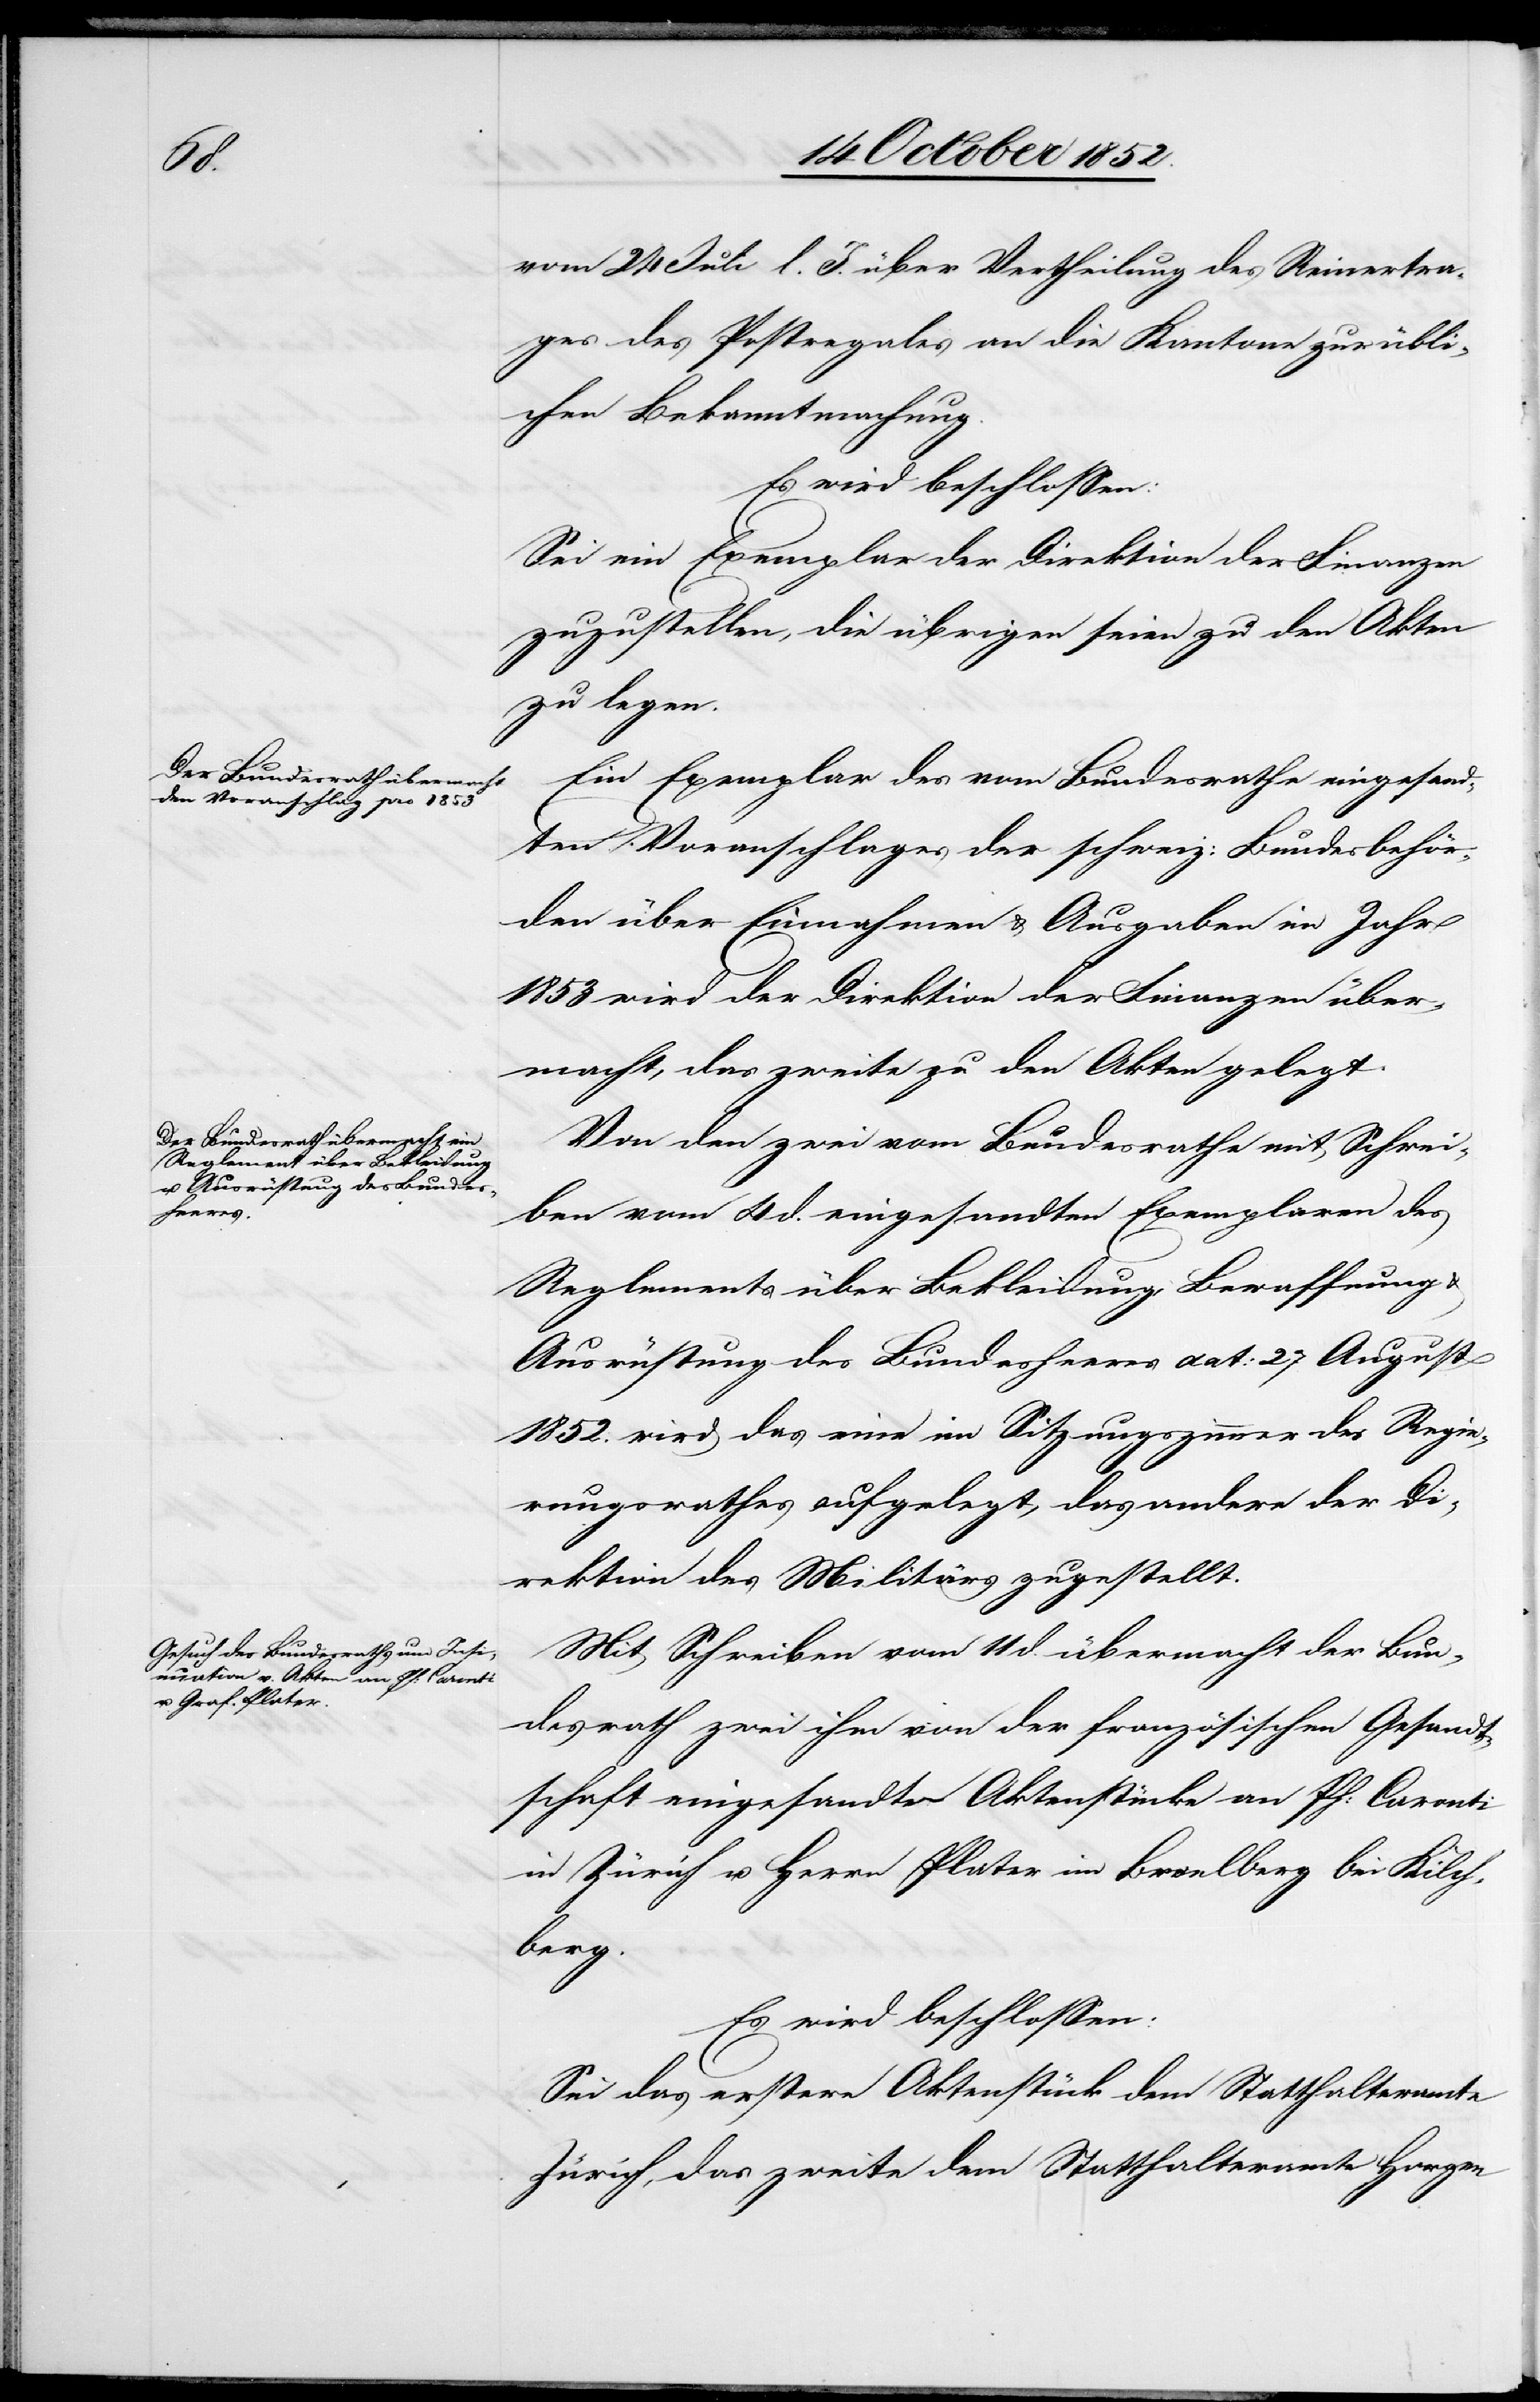
vom 24 Juli l. J. über Vertheilung des Reinertra¬
ges des Postregales an die Kantone zur übli¬
chen Bekanntmachung.
Es wird beschlossen:
Sei ein Exemplar der Direktion der Finanzen
zuzustellen, die übrigen seien zu den Akten
zu legen.
Ein Exemplar des vom Bundesrathe eingesand¬
ten Voranschlages der schweiz: Bundesbehör¬
den über Einnahmen & Ausgaben im Jahr
1853 wird der Direktion der Finanzen über¬
macht, das zweite zu den Akten gelegt.
Von den zwei vom Bundesrathe mit Schrei¬
ben vom 4 d. eingesandten Exemplaren des
Reglements über Bekleidung, Bewaffnung
Ausrüstung des Bundesheeres dat: 27 August
1852. wird das eine im Sitzungszimmer des Regie¬
rungsrathes aufgelegt, das andere der Di¬
rektion des Militärs zugestellt.
Mit Schreiben vom 11 d. übermacht der Bun¬
desrath zwei ihm von der französischen Gesandt¬
schaft eingesandte Aktenstücke an Ph: Caronti
in Zürich u. Herrn Plater im Broelberg bei Kilch¬
berg.
Sei das erstere Aktenstücke dem Statthalteramte
Zürich, das zweite dem Statthalteramte Horgen